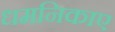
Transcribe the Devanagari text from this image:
धमनिकाए